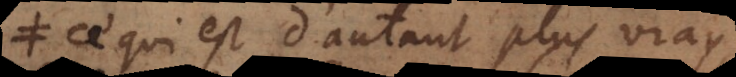
Ce qui est d’autant plus vray